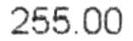
255.00